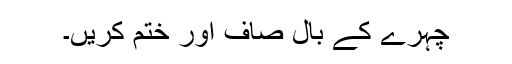
چہرے کے بال صاف اور ختم کریں۔